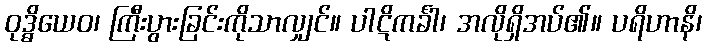
ဝုဒ္ဓိယေဝ၊ ကြီးပွားခြင်းကိုသာလျှင်။ ပါဋိကင်္ခါ၊ အလိုရှိအပ်၏။ ပရိဟာနိ၊